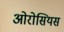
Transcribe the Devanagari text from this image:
ओरोसियस